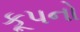
કૂપનો